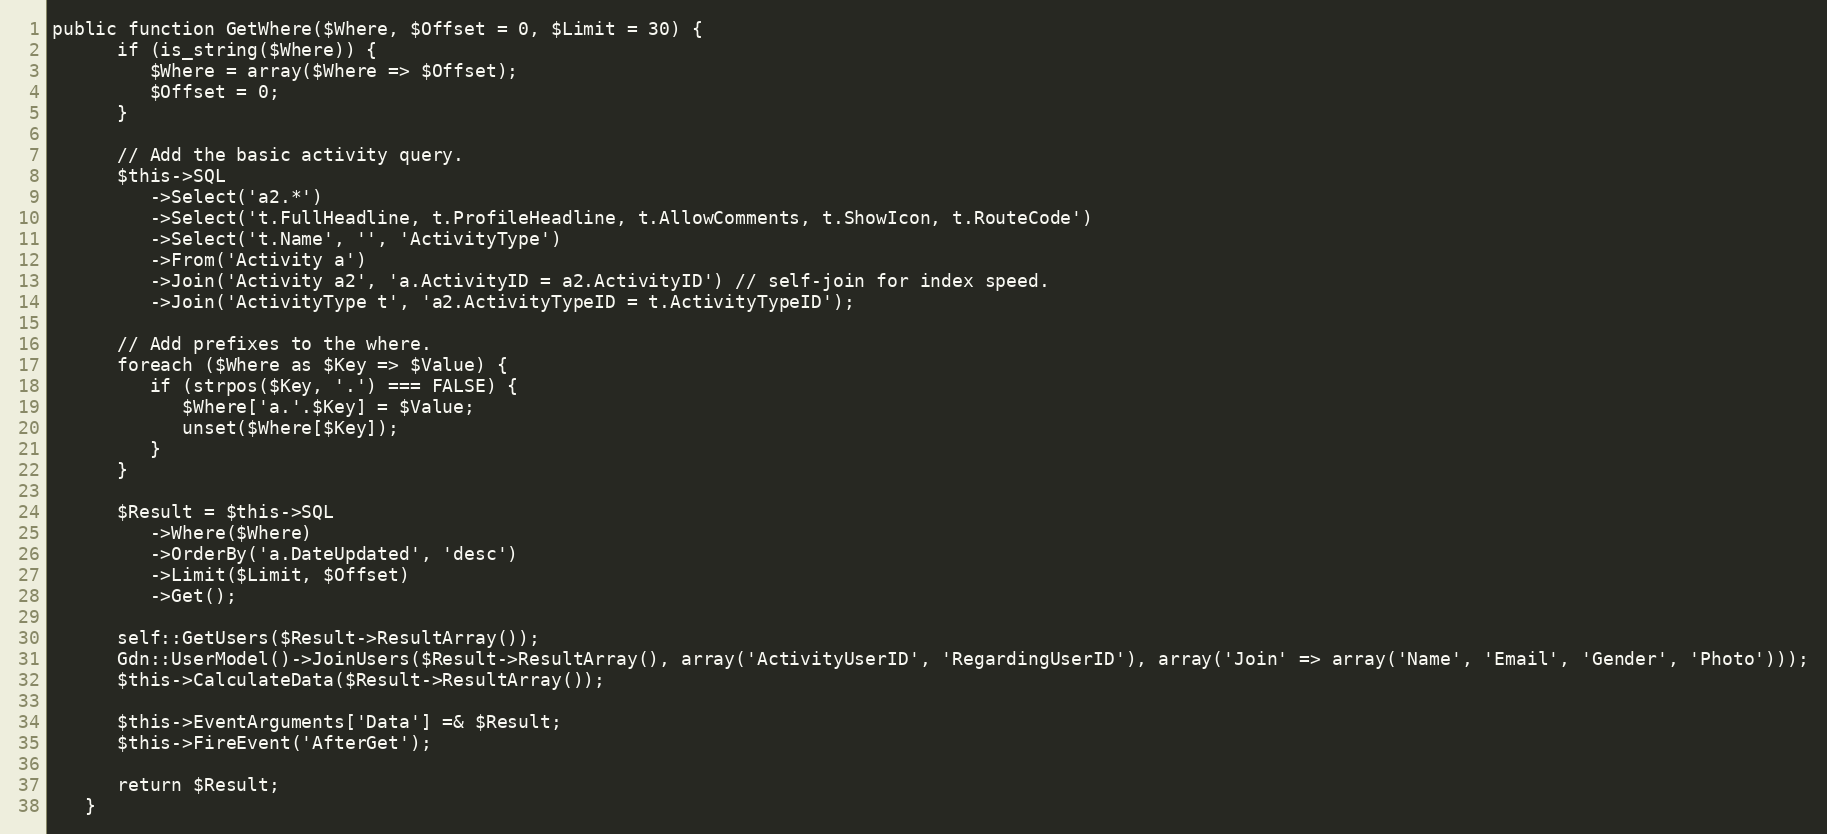
Language: PHP
public function GetWhere($Where, $Offset = 0, $Limit = 30) {
      if (is_string($Where)) {
         $Where = array($Where => $Offset);
         $Offset = 0;
      }

      // Add the basic activity query.
      $this->SQL
         ->Select('a2.*')
         ->Select('t.FullHeadline, t.ProfileHeadline, t.AllowComments, t.ShowIcon, t.RouteCode')
         ->Select('t.Name', '', 'ActivityType')
         ->From('Activity a')
         ->Join('Activity a2', 'a.ActivityID = a2.ActivityID') // self-join for index speed.
         ->Join('ActivityType t', 'a2.ActivityTypeID = t.ActivityTypeID');

      // Add prefixes to the where.
      foreach ($Where as $Key => $Value) {
         if (strpos($Key, '.') === FALSE) {
            $Where['a.'.$Key] = $Value;
            unset($Where[$Key]);
         }
      }

      $Result = $this->SQL
         ->Where($Where)
         ->OrderBy('a.DateUpdated', 'desc')
         ->Limit($Limit, $Offset)
         ->Get();

      self::GetUsers($Result->ResultArray());
      Gdn::UserModel()->JoinUsers($Result->ResultArray(), array('ActivityUserID', 'RegardingUserID'), array('Join' => array('Name', 'Email', 'Gender', 'Photo')));
      $this->CalculateData($Result->ResultArray());

      $this->EventArguments['Data'] =& $Result;
      $this->FireEvent('AfterGet');

      return $Result;
   }